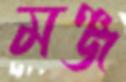
মঞ্জ